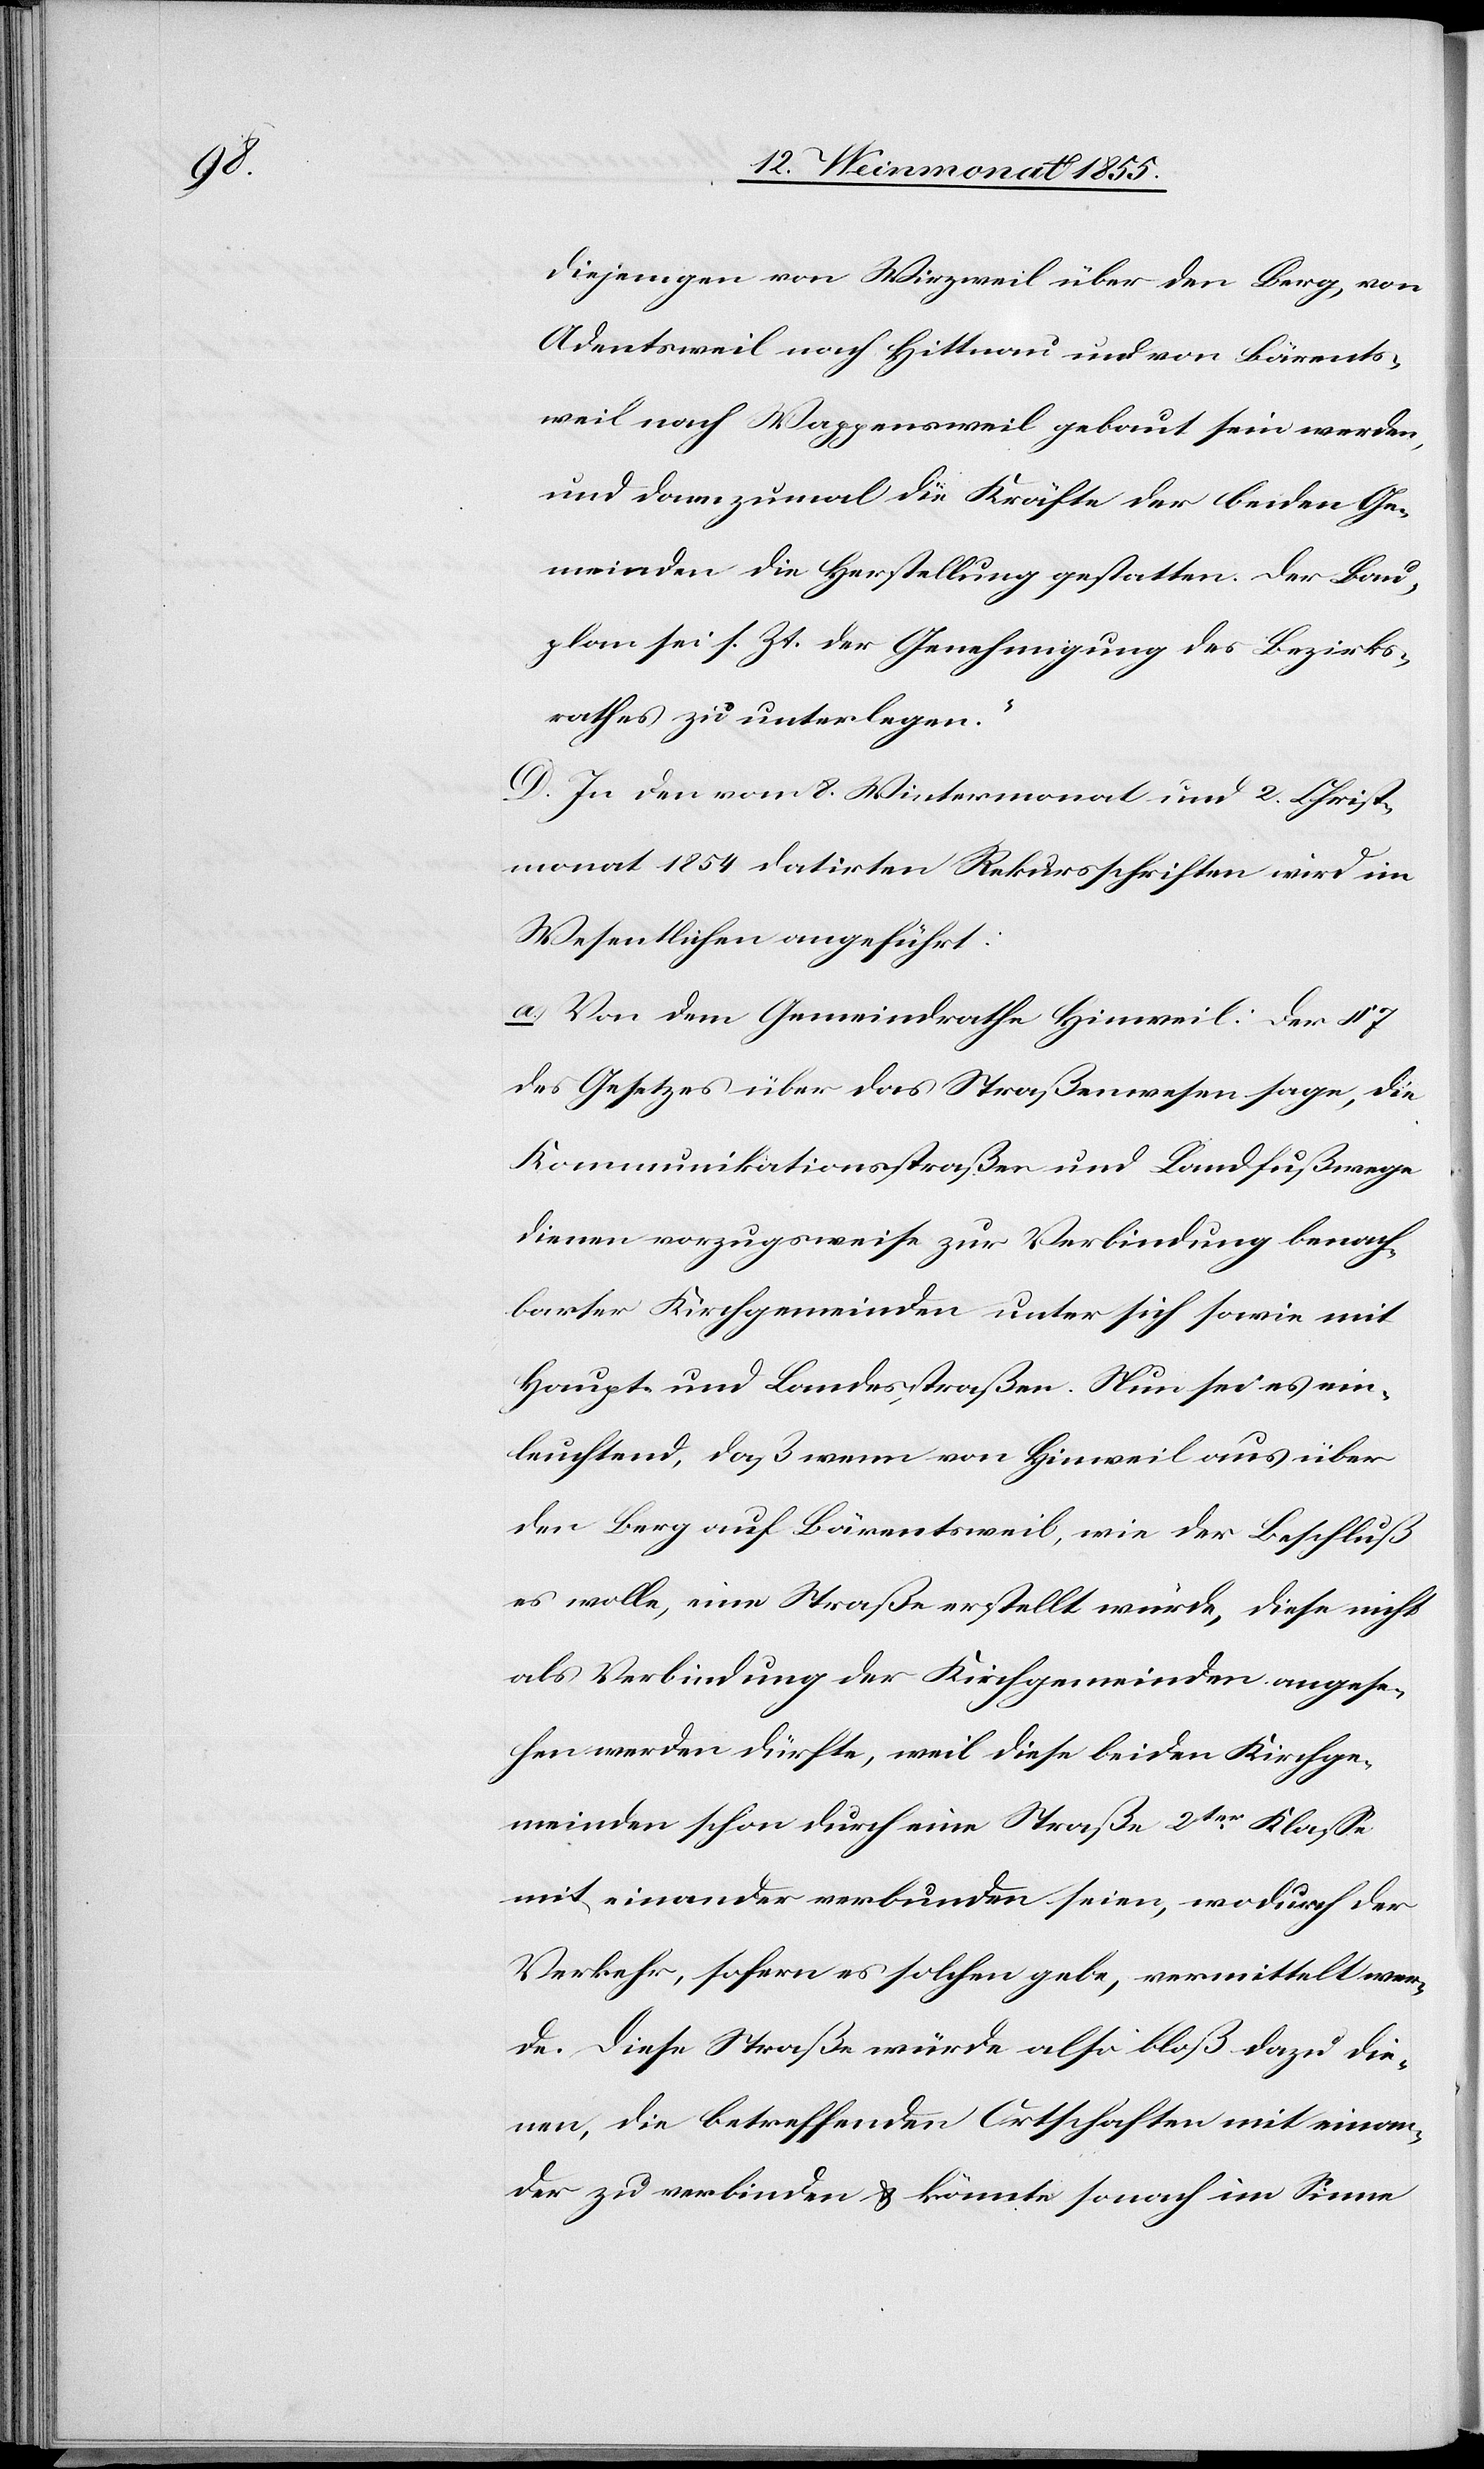
diejenigen von Wirzweil über den Berg, von
Adentsweil nach Hittnau und von Bärents¬
weil nach Wappensweil gebaut sein werden,
und dannzumal die Kräfte der beiden Ge¬
meinden die Herstellung gestatten. Der Bau¬
plan sei s. Zt. der Genehmigung des Bezirks¬
rathes zu unterlegen.“
D. In den vom 8. Wintermonat und 2. Christ¬
monat 1854 datirten Rekursschriften wird im
Wesentlichen angeführt:
a. Von dem Gemeindrathe Hinweil: Der § 7
des Gesetzes über das Straßenwesen sage, die
Kommunikationsstraßen und Landfußwege
dienen vorzugsweise zur Verbindung benach¬
barter Kirchgemeinden unter sich sowie mit
Haupt- und Landesstraßen. Nun sei es ein¬
leuchtend, daß wenn von Hinweil aus über
den Berg auf Bärentsweil, wie der Beschluß
es wolle, eine Straße erstellt würde, diese nicht
als Verbindung der Kirchgemeinden angese¬
hen werden dürfte, weil diese beiden Kirchge¬
meinden schon durch eine Straße 2ter Klasse
mit einander verbunden seien, wodurch der
Verkehr, sofern es solchen gebe, vermittelt wer¬
de. Diese Straße würde also bloß dazu die¬
nen, die betreffenden Ortschaften mit einan¬
der zu verbinden & könnte sonach im Sinne